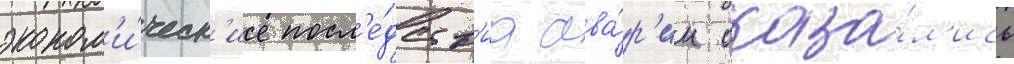
эконом'и́ческ'ие посл'е́дств'иа ава́р'ии оказа́л'ись